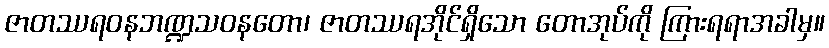
ဇာတဿရဝနဘဏ္ဍသဝနတော၊ ဇာတဿရအိုင်ရှိသော တောအုပ်ကို ကြားရရာအခါမှ။